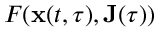
F ( \mathbf { x } ( t , \tau ) , \mathbf { J } ( \tau ) )